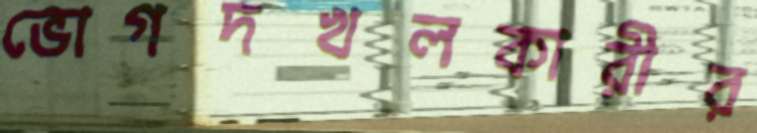
ভোগদখলকারীর